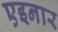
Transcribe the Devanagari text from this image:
एइनार